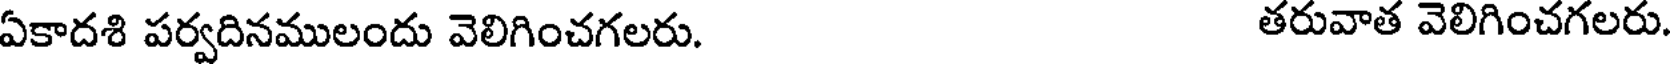
ఏకాదశి పర్వదినములందు వెలిగించగలరు. తరువాత వెలిగించగలరు.